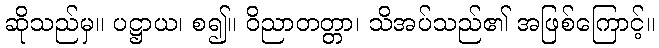
ဆိုသည်မှ။ ပဋ္ဌာယ၊ စ၍။ ဝိညာတတ္တာ၊ သိအပ်သည်၏ အဖြစ်ကြောင့်။